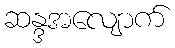
ဆန္ဒအလျောက်